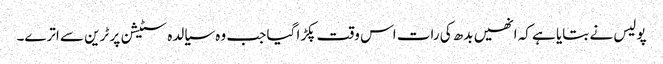
پولیس نے بتایا ہے کہ انھیں بدھ کی رات اس وقت پکڑا گیا جب وہ سیالدہ سٹیشن پر ٹرین سے اترے۔